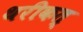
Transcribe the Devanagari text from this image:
थरीकत्